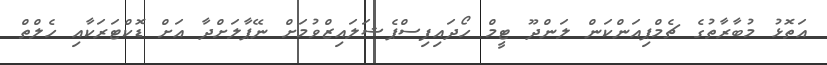
އަތޮޅު މުބާރާތުގެ ޗެމްޕިއަންކަން ލަންދޫ ޓީމް ހޯދައިފިސްޕެޝަލައިޒްވުމަށް ނޭޕާލަށްދާ އަށް ޑޮކްޓަރަކާއި ހެލްތް